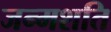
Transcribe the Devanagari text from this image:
जन्मशति